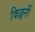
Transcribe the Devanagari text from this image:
किल्लर्नी